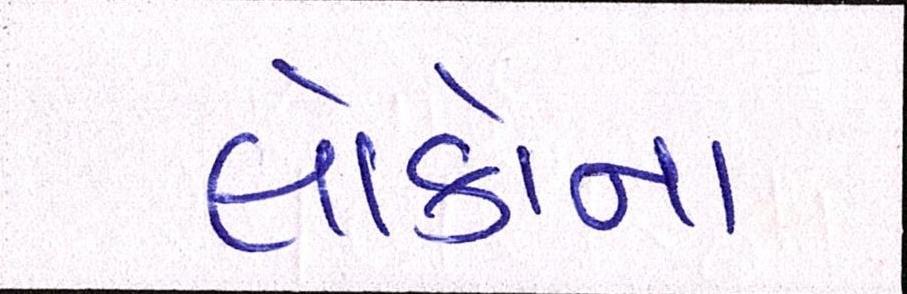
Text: લોકોના